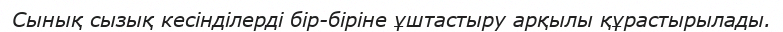
Сынық сызық кесінділерді бір-біріне ұштастыру арқылы құрастырылады.